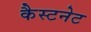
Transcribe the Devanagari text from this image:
कैस्टनेट